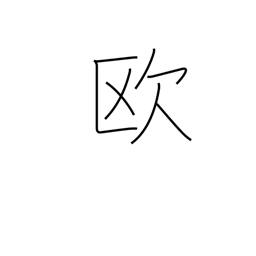
Meaning: Europe